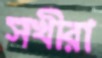
সখীরা